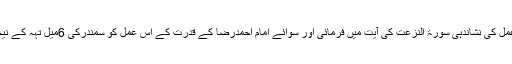
اللہ تبارک و تعالیٰ نےاس عمل کی نشاندہی سورۃ النزعت کی آیت میں فرمائی اور سوائے امام احمدرضا کے قدرت کے اس عمل کو سمندرکی 6میل تہہ کے نیچے کوئی اور نہ دیکھ سکا۔